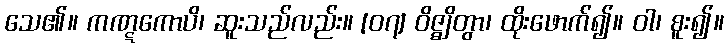
သေ၏။ ကဏ္ဋကောပိ၊ ဆူးသည်လည်း။ [၀၇] ဝိဇ္ဈိတွာ၊ ထိုးဖောက်၍။ ဝါ၊ စူး၍။